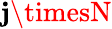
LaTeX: \mathbf{j}\timesN